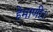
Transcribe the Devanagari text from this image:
हेमाणी।